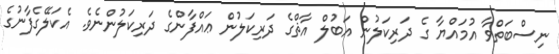
ނިސްބަތްވާ އުމައްޔާ ގެ ދަރިކަލުން އަބުލް އާޘްގެ ދަރިކަލުން ޢައްފާންގެ ދަރިކަލުންނެވެ. އެކަލޭގެފާނުގެ